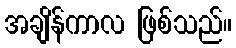
အချိန်ကာလ ဖြစ်သည်။